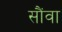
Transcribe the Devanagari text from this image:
सौंवा